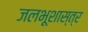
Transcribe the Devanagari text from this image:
जलभूशास्त्र